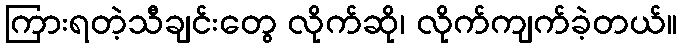
ကြားရတဲ့သီချင်းတွေ လိုက်ဆို၊ လိုက်ကျက်ခဲ့တယ်။